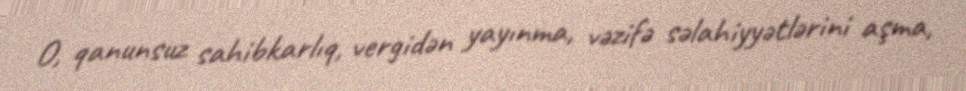
O, qanunsuz sahibkarlıq, vergidən yayınma, vəzifə səlahiyyətlərini aşma,